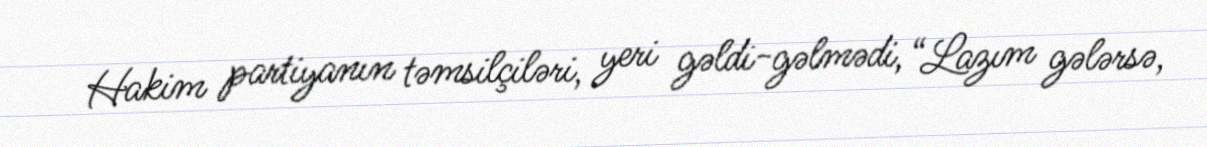
Hakim partiyanın təmsilçiləri, yeri gəldi-gəlmədi, “Lazım gələrsə,